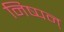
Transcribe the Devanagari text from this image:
निष्पन्